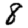
Digit: 8